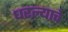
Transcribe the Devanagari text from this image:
धरल्याचे